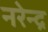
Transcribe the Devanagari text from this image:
नरेेन्द्र